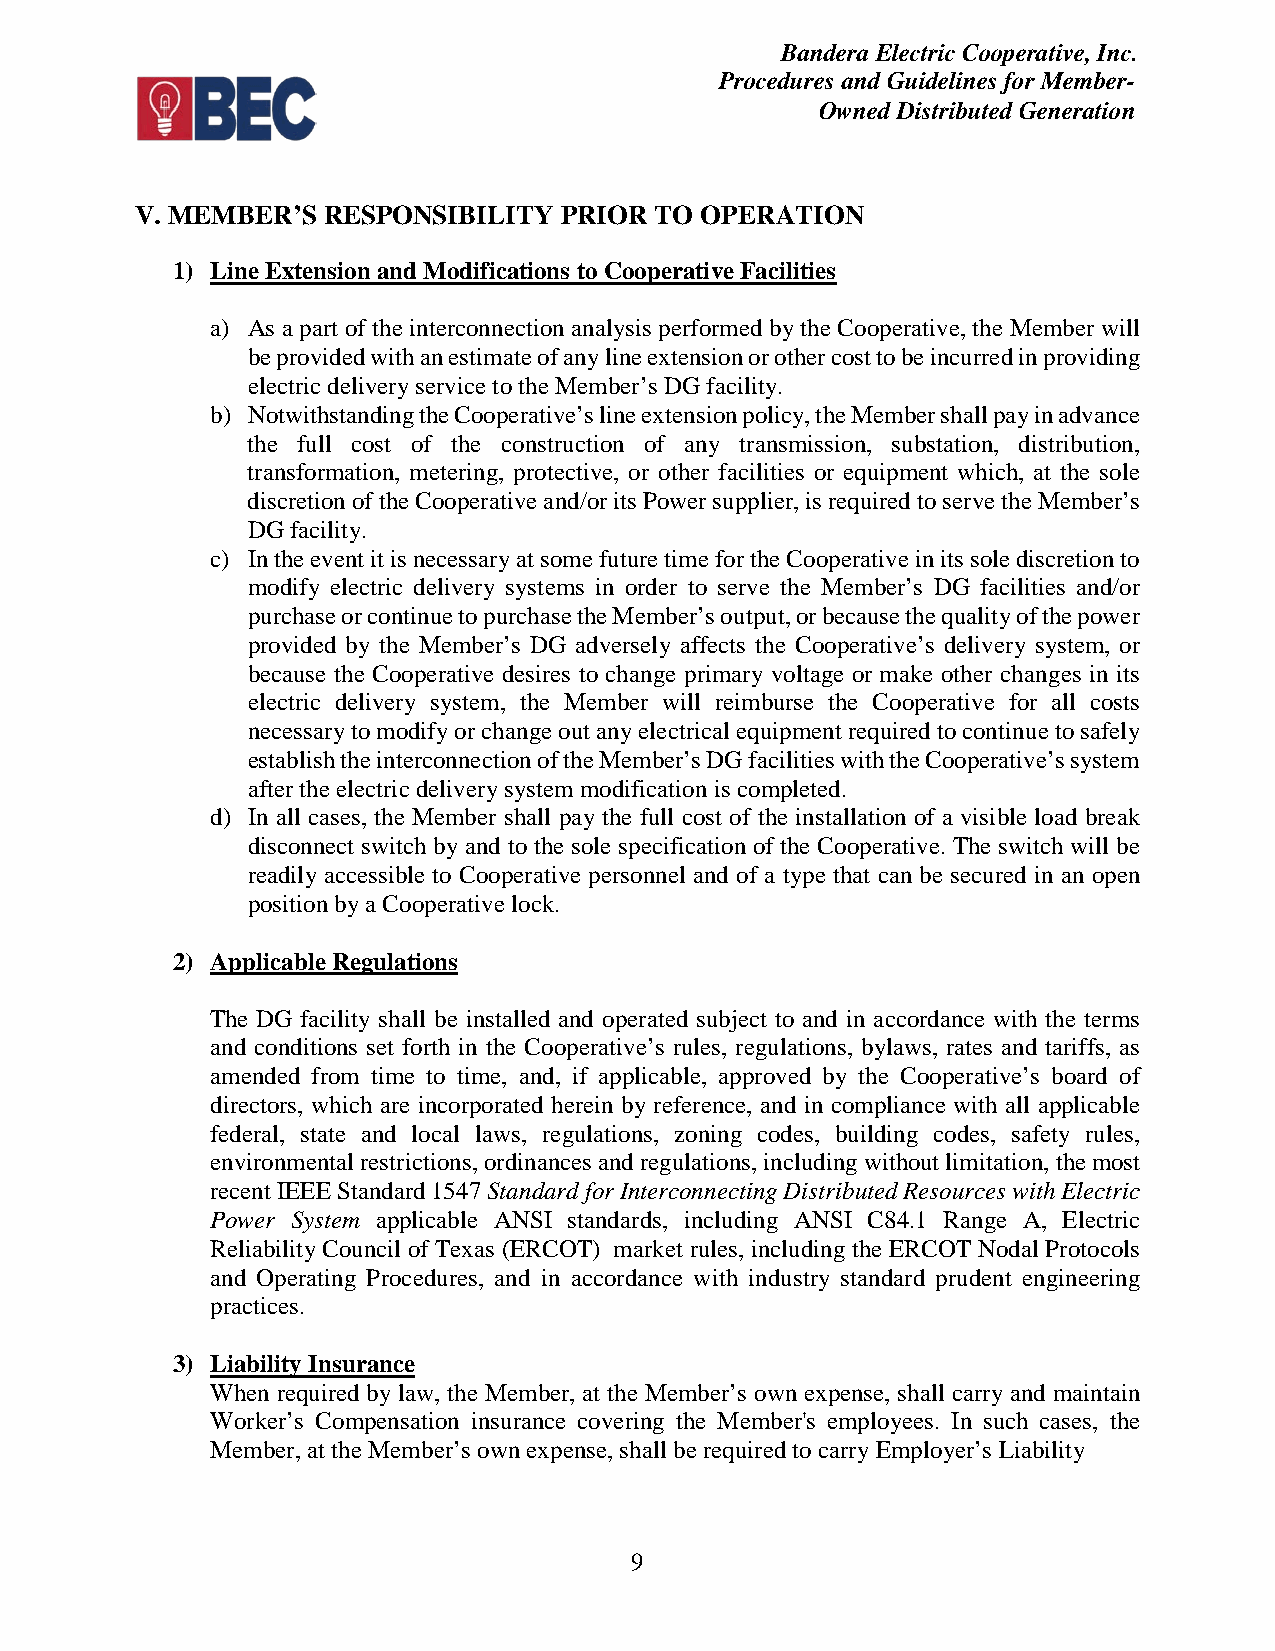
Bandera Electric Cooperative, Inc.
 Procedures and Guidelines for Member-
 Owned Distributed Generation
 V. MEMBER’S RESPONSIBILITY  PRIOR TO OPERATION
 1) Line Extension and Modifications to Cooperative Facilities
 a) As a part of the interconnection analysis performed by the Cooperative, the Member will
 be provided with an estimate of any line extension or other cost to be incurred in providing
 electric delivery service to the Member’s DG facility.
 b) Notwithstanding the Cooperative’s line extension policy, the Member shall pay in advance
 the full cost of the construction of any transmission, substation, distribution,
 transformation, metering, protective, or other facilities or equipment which, at the sole
 discretion of the Cooperative and/or its Power supplier, is required to serve the Member’s
 DG facility.
 c) In the event it is necessary at some future time for the Cooperative in its sole discretion to
 modify electric delivery systems in order to serve the Member’s DG facilities and/or
 purchase or continue to purchase the Member’s output, or because the quality of the power
 provided by the Member’s DG adversely affects the Cooperative’s delivery system, or
 because the Cooperative desires to change primary voltage or make other changes in its
 electric delivery system, the Member will reimburse the Cooperative for all costs
 necessary to modify or change out any electrical equipment required to continue to safely
 establish the interconnection of the Member’s DG facilities with the Cooperative’s system
 after the electric delivery system modification is completed.
 d) In all cases, the Member shall pay the full cost of the installation of a visible load break
 disconnect switch by and to the sole specification of the Cooperative. The switch will be
 readily accessible to Cooperative personnel and of a type that can be secured in an open
 position by a Cooperative lock.
 2) Applicable Regulations
 The DG facility shall be installed and operated subject to and in accordance with the terms
 and conditions set forth in the Cooperative’s rules, regulations, bylaws, rates and tariffs, as
 amended from time to time, and, if applicable, approved by the Cooperative’s board of
 directors, which are incorporated herein by reference, and in compliance with all applicable
 federal, state and local laws, regulations, zoning codes, building codes, safety rules,
 environmental restrictions, ordinances and regulations, including without limitation, the most
 recent IEEE Standard 1547 Standard for Interconnecting Distributed Resources with Electric
 Power System applicable ANSI standards, including ANSI C84.1 Range A, Electric
 Reliability Council of Texas (ERCOT) market rules, including the ERCOT Nodal Protocols
 and Operating Procedures, and in accordance with industry standard prudent engineering
 practices.
 3) Liability Insurance
 When required by law, the Member, at the Member’s own expense, shall carry and maintain
 Worker’s Compensation insurance covering the Member's employees. In such cases, the
 Member, at the Member’s own expense, shall be required to carry Employer’s Liability
 9